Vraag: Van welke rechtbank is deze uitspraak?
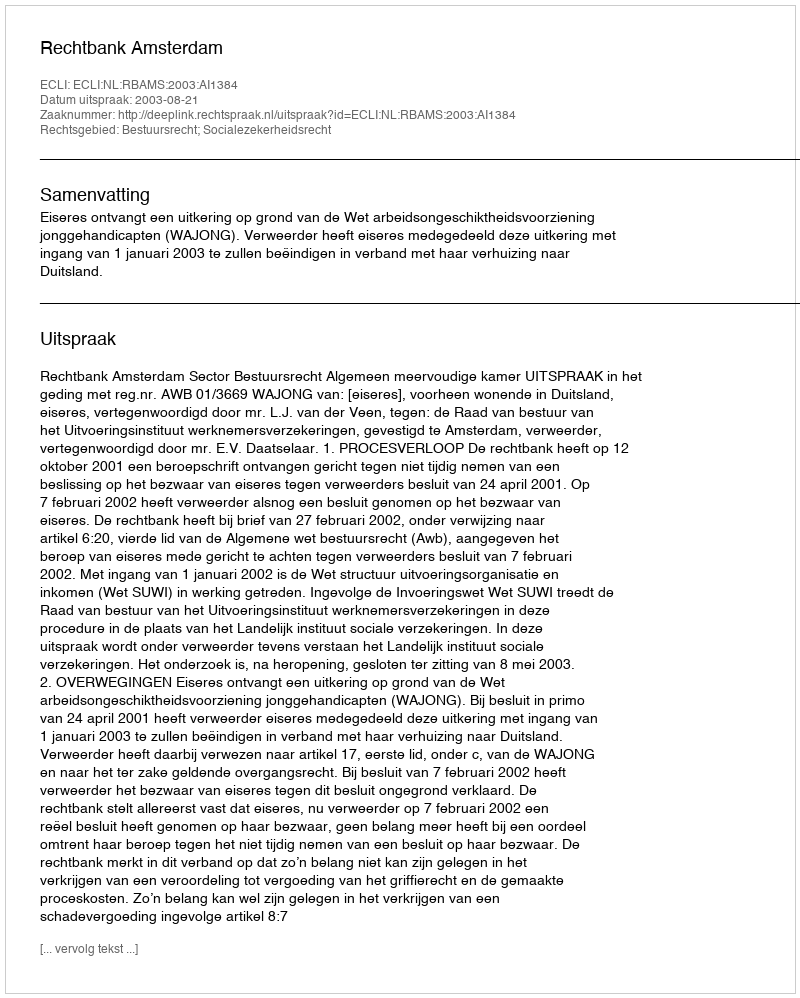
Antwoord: Rechtbank Amsterdam